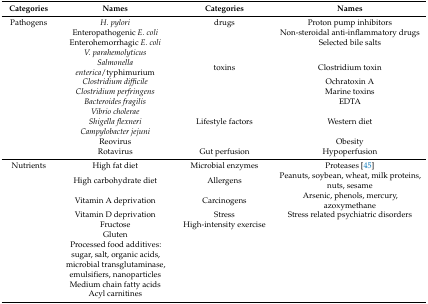
| Categories | Names | Categories | Names |
 | --- | --- | --- | --- |
 | Pathogens | H. pylori | drugs | Proton pump inhibitors |
 |  | Enteropathogenic E. coli |  | Non-steroidal anti-inflammatory drugs |
 |  | Enterohemorrhagic E. coli |  | Selected bile salts |
 |  | V. parahemolyticus |  |  |
 |  | Salmonella enterica/typhimurium | toxins | Clostridium toxin |
 |  | Clostridium difficile |  | Ochratoxin A |
 |  | Clostridium perfringens |  | Marine toxins |
 |  | Bacteroides fragilis |  | EDTA |
 |  | Vibrio cholerae |  |  |
 |  | Shigella flexneri | Lifestyle factors | Western diet |
 |  | Campylobacter jejuni |  |  |
 |  | Reovirus |  | Obesity |
 |  | Rotavirus | Gut perfusion | Hypoperfusion |
 | Nutrients | High fat diet | Microbial enzymes | Proteases [45] |
 |  | High carbohydrate diet | Allergens | Peanuts, soybean, wheat, milk proteins, nuts, sesame |
 |  | Vitamin A deprivation | Carcinogens | Arsenic, phenols, mercury, azoxymethane |
 |  | Vitamin D deprivation | Stress | Stress related psychiatric disorders |
 |  | Fructose | High-intensity exercise |  |
 |  | Gluten |  |  |
 |  | Processed food additives: sugar, salt, organic acids, microbial transglutaminase, emulsifiers, nanoparticles |  |  |
 |  | Medium chain fatty acids |  |  |
 |  | Acyl carnitines |  |  |